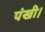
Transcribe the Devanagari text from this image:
पंखी।